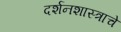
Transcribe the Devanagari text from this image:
दर्शनशास्त्राचे